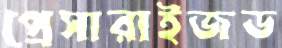
প্রেসারাইজড